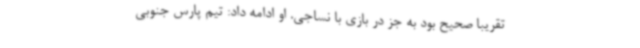
تقریبا صحیح بود به جز در بازی با نساجی. او ادامه داد: تیم پارس جنوبی